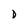
Character: I